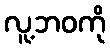
လူ့ဘဝကို